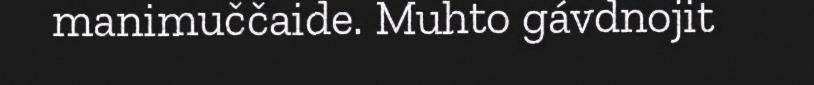
manimuččaide. Muhto gávdnojit